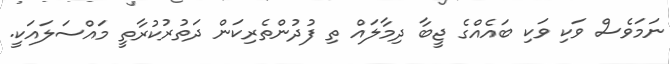
ނަމަވެސް ވަކި ވަކި ބައެއްގެ ޖީބާ ދިމާލައް ތި ފުދުންތެރިކަން ދަތުރުކުރާތީ މައްސަލައަކީ.